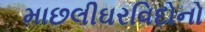
માછલીઘરવિદોનો